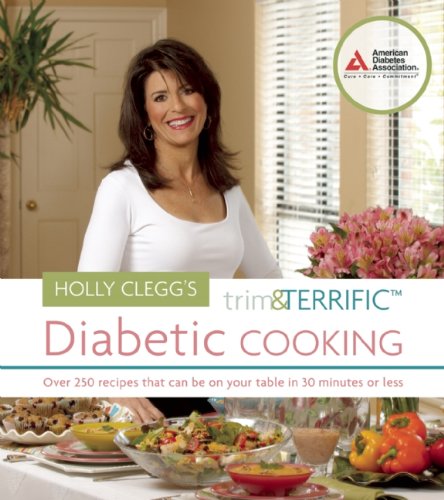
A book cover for Holly Clegg's Trim and Terrific Diabetic Cooking; Holly Clegg; Health, Fitness & Dieting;